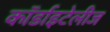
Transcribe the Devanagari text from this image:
कॉर्डाइटेलीज